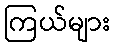
ကြယ်များ